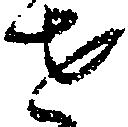
せ